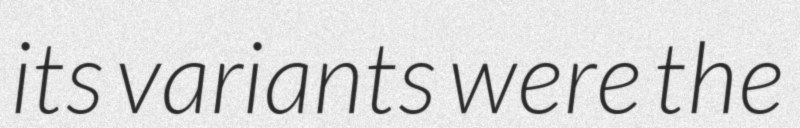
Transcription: its variants were the